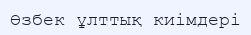
Өзбек ұлттық киімдері